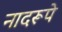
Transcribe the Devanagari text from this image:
नादरूपे